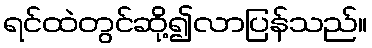
ရင်ထဲတွင်ဆို့၍လာပြန်သည်။